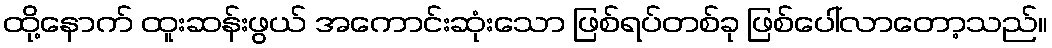
ထို့နောက် ထူးဆန်းဖွယ် အကောင်းဆုံးသော ဖြစ်ရပ်တစ်ခု ဖြစ်ပေါ်လာတော့သည်။